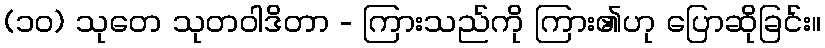
(၁၀) သုတေ သုတဝါဒိတာ - ကြားသည်ကို ကြား၏ဟု ပြောဆိုခြင်း။